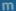
m